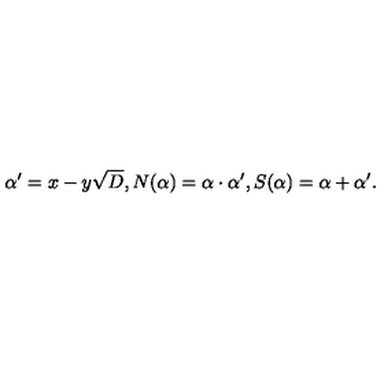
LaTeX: \alpha ^ { \prime } = x - y \sqrt { D } , N ( \alpha ) = \alpha \cdot \alpha ^ { \prime } , S ( \alpha ) = \alpha + \alpha ^ { \prime } .